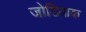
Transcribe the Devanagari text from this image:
जोडियाक